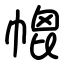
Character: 㡙